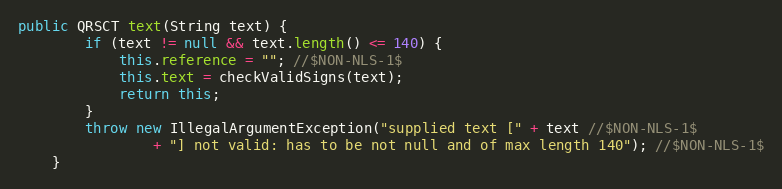
Language: Java
public QRSCT text(String text) {
		if (text != null && text.length() <= 140) {
			this.reference = ""; //$NON-NLS-1$
			this.text = checkValidSigns(text);
			return this;
		}
		throw new IllegalArgumentException("supplied text [" + text //$NON-NLS-1$
				+ "] not valid: has to be not null and of max length 140"); //$NON-NLS-1$
	}